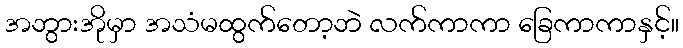
အဘွားအိုမှာ အသံမထွက်တော့ဘဲ လက်ကာကာ ခြေကာကာနှင့်။